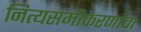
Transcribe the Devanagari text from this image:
नित्यसमीकरणांचा